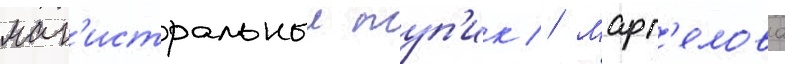
маг'истральныи туп'ик // Марг'елова